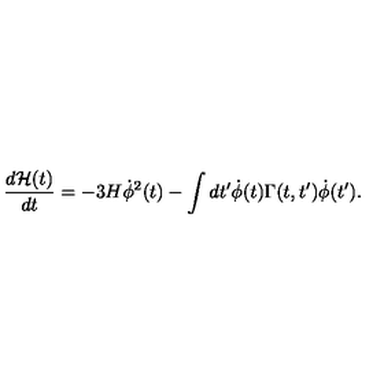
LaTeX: \frac { d { \cal H } ( t ) } { d t } = - 3 H { \dot { \phi } } ^ { 2 } ( t ) - \int d t ^ { \prime } { \dot { \phi } } ( t ) \Gamma ( t , t ^ { \prime } ) { \dot { \phi } } ( t ^ { \prime } ) .